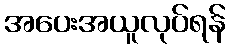
အပေးအယူလုပ်ရန်